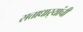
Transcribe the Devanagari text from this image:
सत्ताधार्‍यांची